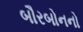
બૌરબોનનો